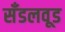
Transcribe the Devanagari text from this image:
सँडलवूड